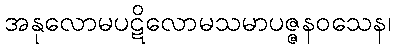
အနုလောမပဋိလောမသမာပဇ္ဇနဝသေန၊